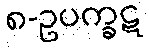
၈-ဥပက္ခဋ